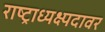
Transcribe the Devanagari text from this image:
राष्ट्राध्यक्ष्पदावर